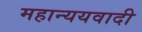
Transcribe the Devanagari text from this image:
महान्ययवादी